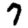
Digit: 7